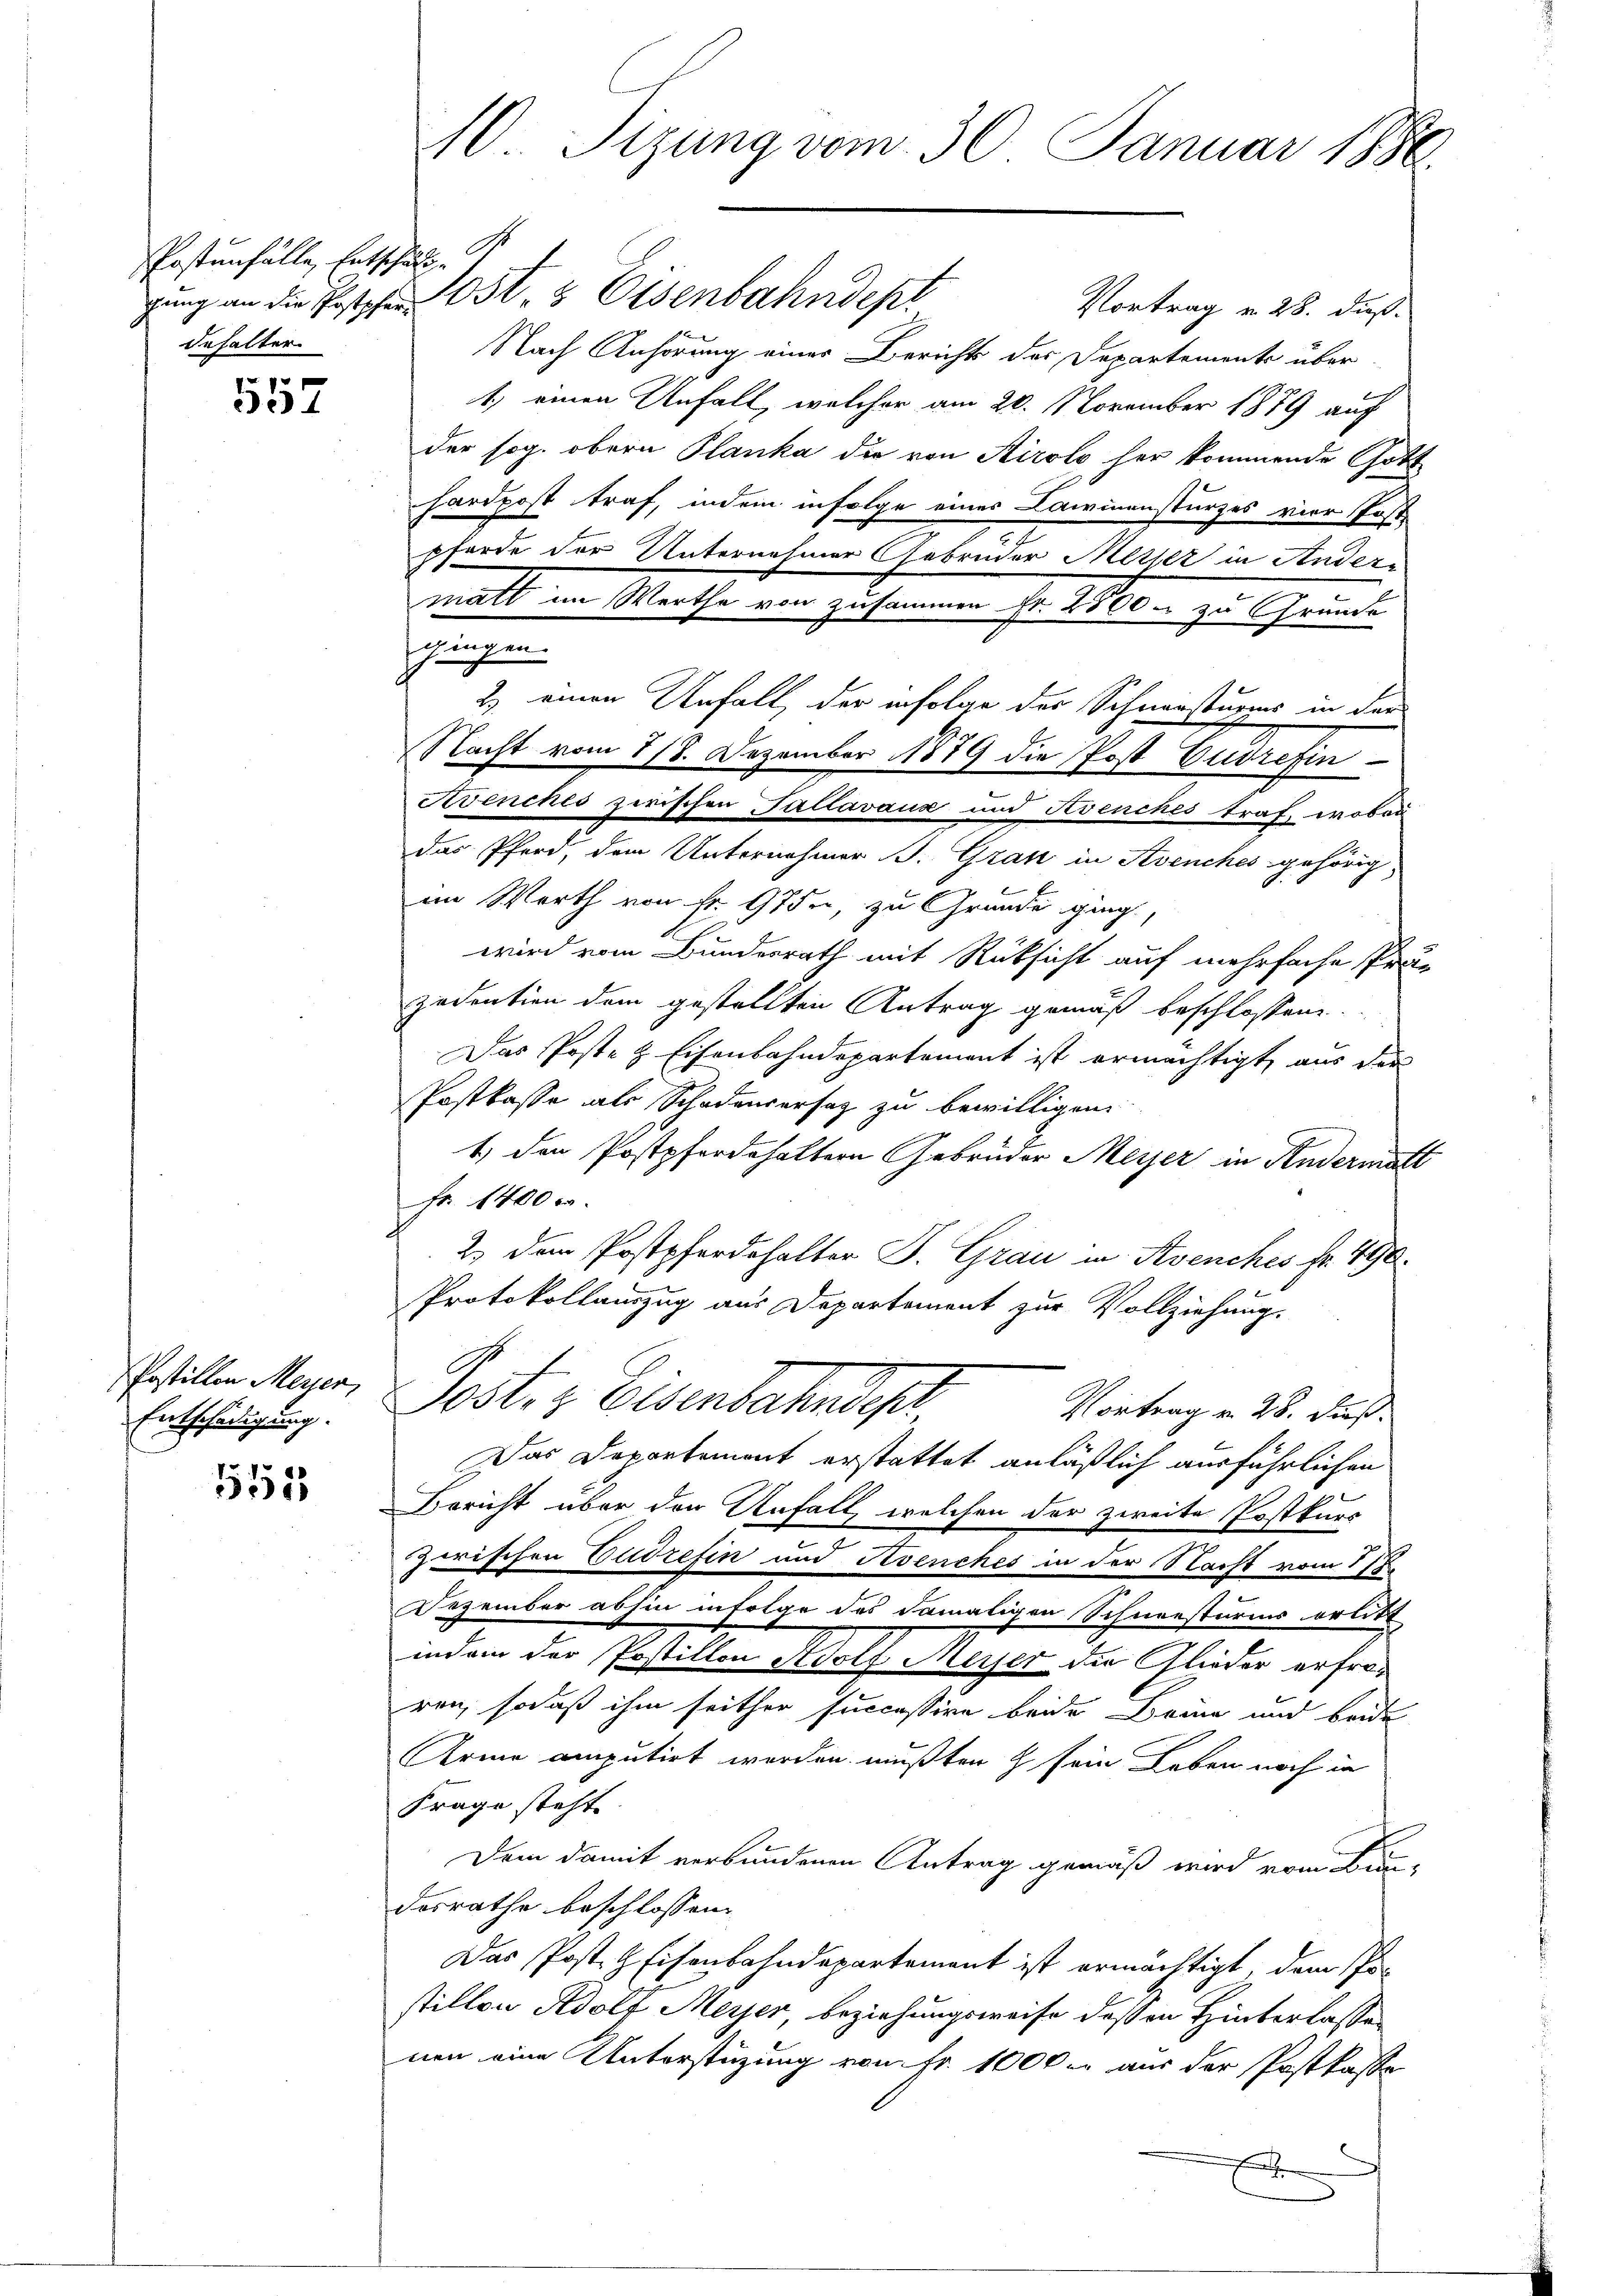
Postenfälle, Entschuld
dehalter

557

Postillen Meyer,
Entschädigung.

1152

10. Sizung vom 30. Januar 1886.

gung an die Postpfer Ost & Eisenbahndep
Vortrag v. 28. dieß.
Nach Anhörung einer Berichts des Departements über
1) einen Unfall, welcher am 20. November 1879 auf
der sog. obern Planka die von Airolo her kommende Gott
hardpost traf, indem infolge einer Cawinensturzes vier Post-
pferde der Unternehmer Gebrüder Messer in Andermatt im Werthe von zusammen fr. 2800 zu Grunde
chingen.
2. einen Unfall, der infolge der Schnensturms in der
Nacht vom 118. Dezember 1879 die Post Eudrefin¬
Avenches zwischen Tallavaux und Avenches traf, wobei
das Pferd, dem Unternehmer J. Gran in Avenches gehörig
im Werth von Fr. 975, zu Grunde ging,
wird vom Bundesrath mit Rüksicht auf mehrfache Präzedoution dem gestellten Antrag gemäß beschlossene
Das Poste & Eisenbahndepartement ist ermächtigt, aus der
Postkasse als Schadensersatz zu bewilligen
1. den Postpferdehaltern Gebrüder Meyer in Andermatt
Fr. 1400 c.
2. dem Postpferdehalter J. Grau in Avenches fr. 490.
Protokollauszug aus Departement zur Vollziehung.
Post- & Eisenbahnder
Vortrag v. 28. Fuß.
Das Departement erstattet anläßlich ausführlichen
Bericht über den Unfall, welchen der zweite Postkurs
zwischen Eudrefin und Revenches in der Nacht vom 177
Dezember abhin infolge des damaligen Schneesturms erlitt
indem der Postillon Adolf Meyer die Glieder erfroren, sodaß ihm seither successive beide Dame und beide
Arme amputirt worden mußten & sein Leben noch in
Frage steht.
Dem damit verbundenen Antrag gemäß wird vom Bun-
desrathe beschlossen:
Das Posten Eisenbahndepartement ist ermächtigt, dem Postillen Adolf Meyer beziehungsweise daß an Hinterlasse
nen eine Unterstüzung von Fr. 1000. aus der Postkaste
e